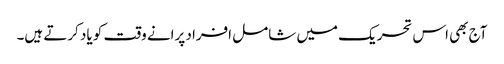
آج بھی اس تحریک میں شامل افراد پرانے وقت کو یاد کرتے ہیں۔